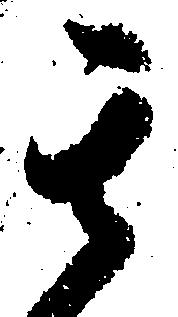
其